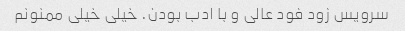
سرویس زود فود عالی و با ادب بودن. خیلی خیلی ممنونم